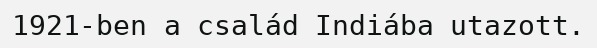
1921-ben a család Indiába utazott.